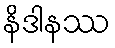
နိဒါနဿ